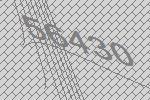
56430